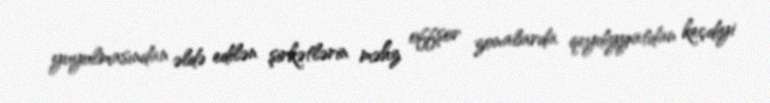
yuyulmasından əldə edilən şirkətlərin məhz offşor zonalarda qeydiyyatdan keçdiyi